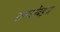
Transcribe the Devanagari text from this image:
रानकोंबड़या